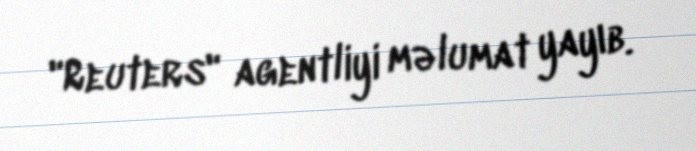
"Reuters" agentliyi məlumat yayıb.